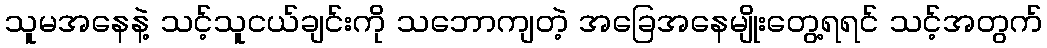
သူမအနေနဲ့ သင့်သူငယ်ချင်းကို သဘောကျတဲ့ အခြေအနေမျိုးတွေ့ရရင် သင့်အတွက်